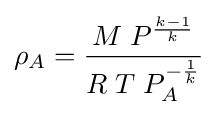
\rho _{A}={\frac {M\;P^{\frac {k-1}{k}}}{R\;T\;P_{A}^{-{\frac {1}{k}}}}}